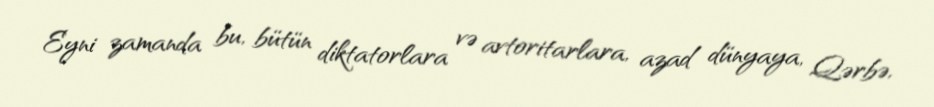
Eyni zamanda bu, bütün diktatorlara və avtoritarlara, azad dünyaya, Qərbə,